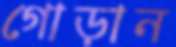
গোড়ান